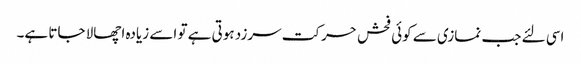
اسی لئے جب نمازی سے کوئی فحش حرکت سرزد ہوتی ہے تو اسے زیادہ اچھالا جاتا ہے۔